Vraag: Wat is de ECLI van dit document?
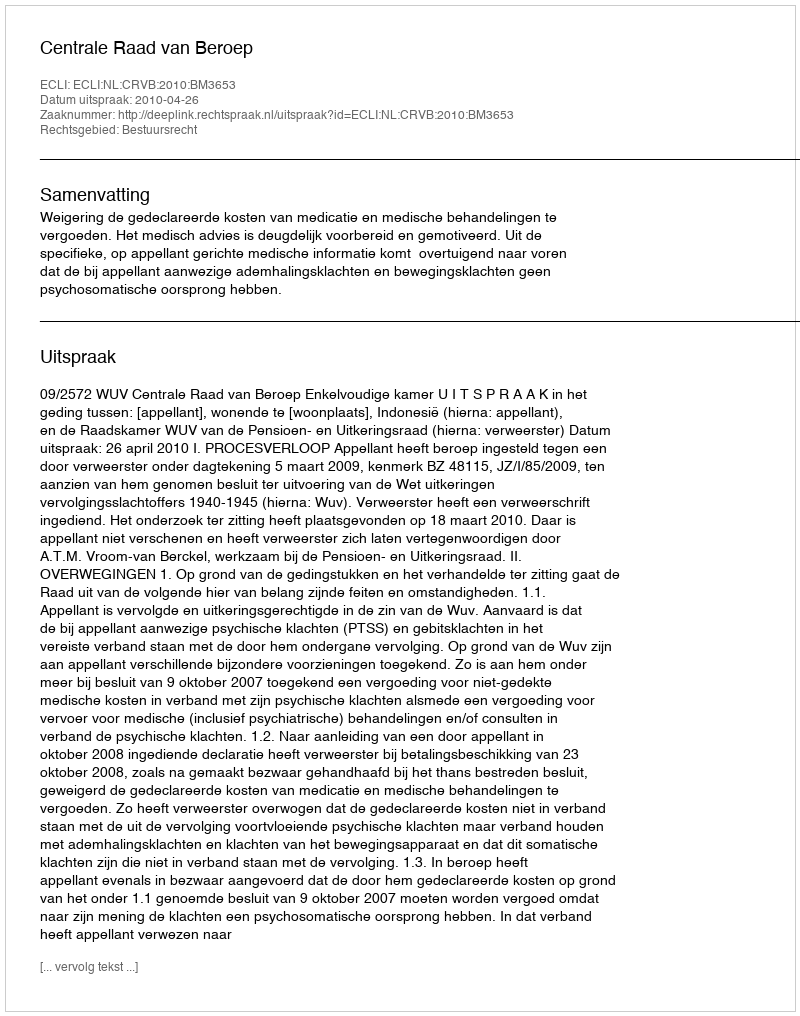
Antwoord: ECLI:NL:CRVB:2010:BM3653